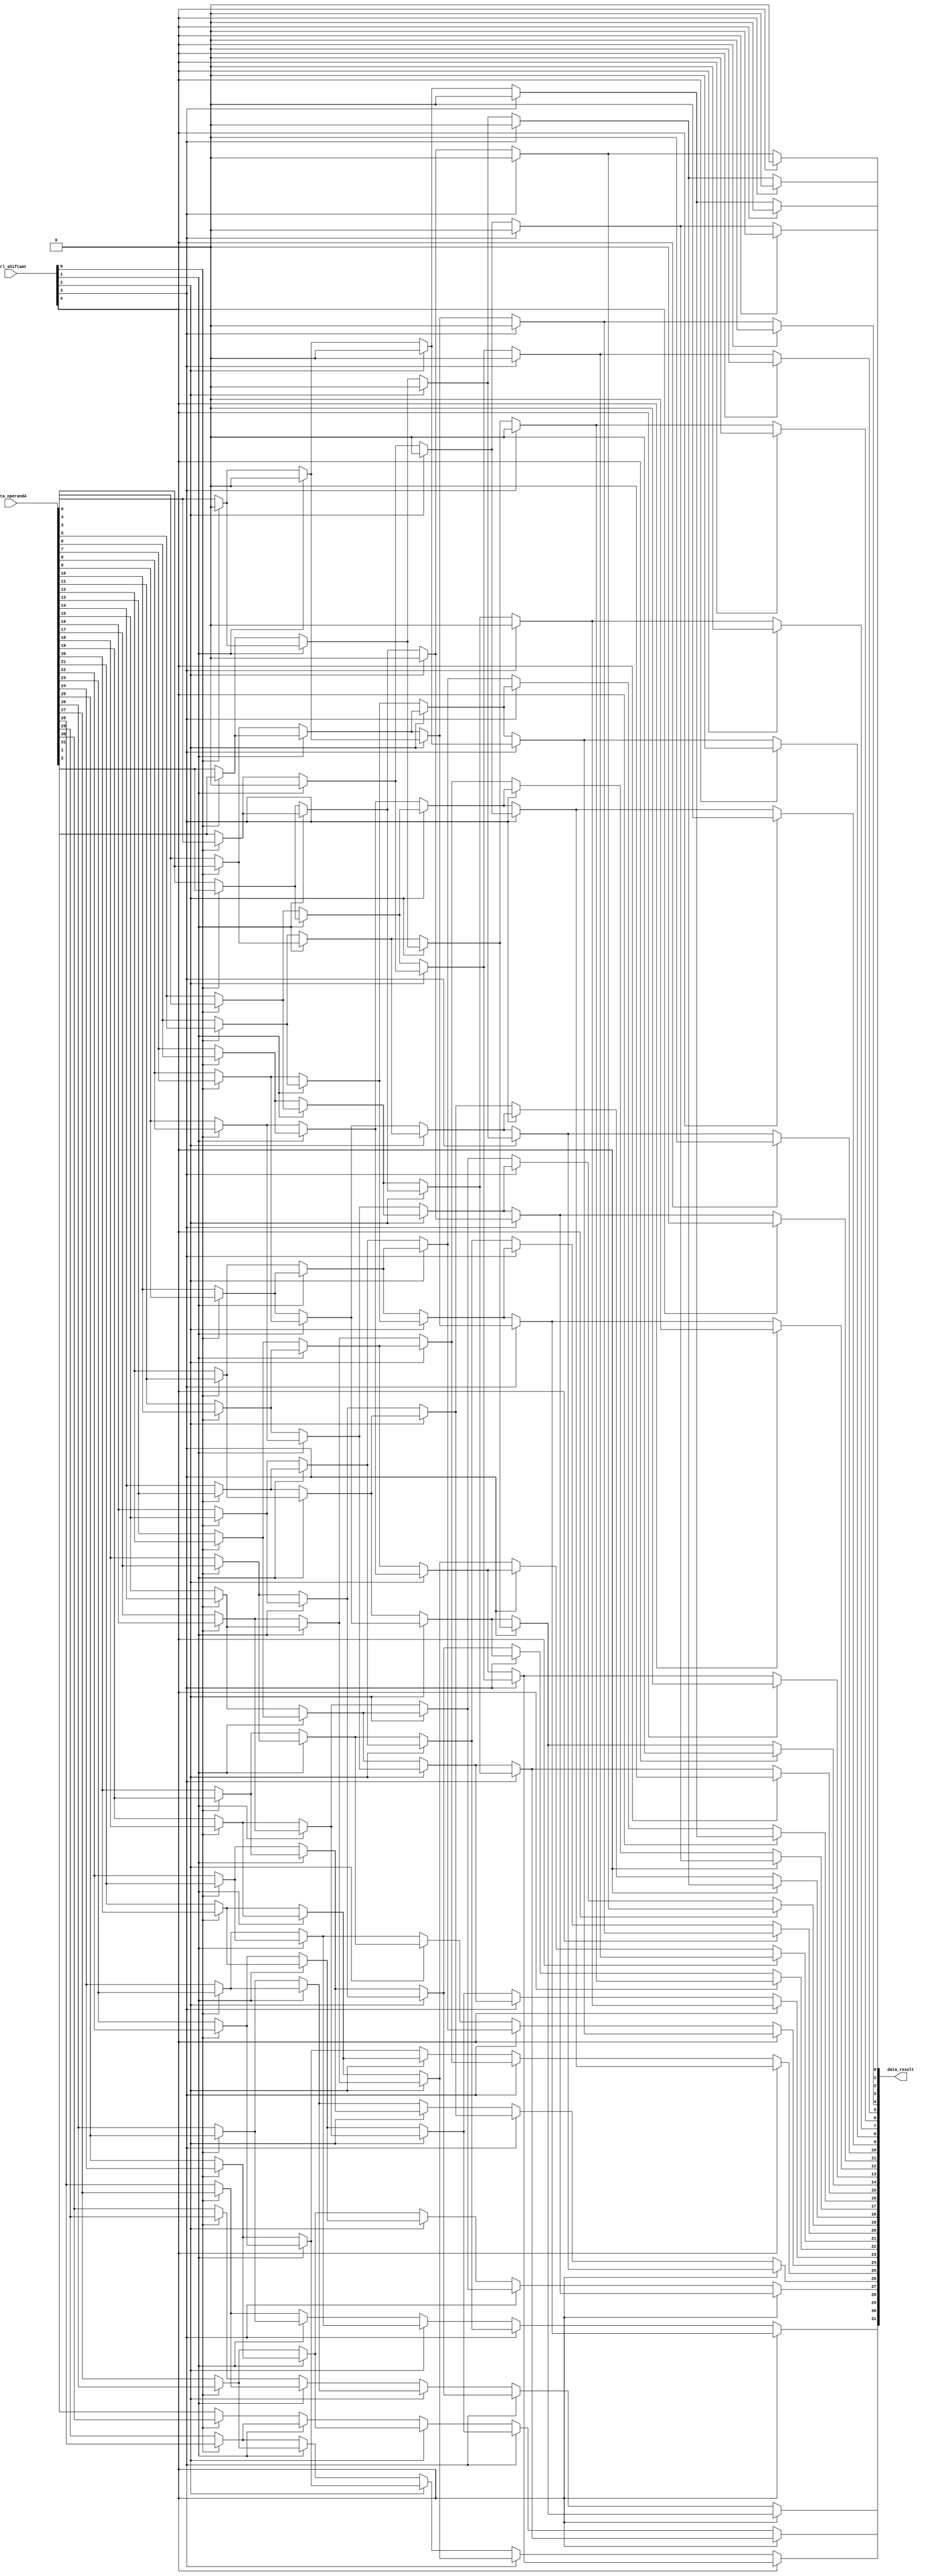
module sll(data_operandA, ctrl_shiftamt, data_result);
	//this module will left shift operand A left in certain amount
	input [31:0] data_operandA;
	//we can shift 2 to the power of 5, which is 32 bits at most
	input [4:0] ctrl_shiftamt;
	
	output [31:0] data_result;
	
	//there will be five level of muxs
	/*the first level -> move 0 or 1 bits, specified by the least significant digit ctrl_shiftamt[0]*/
	
	//select for the least digit
	wire [31:0] first_level; 
	assign first_level[0] = ctrl_shiftamt[0] ? 0 : data_operandA[0];
	genvar i;
	generate
		for(i=1; i<32; i= i+1) begin:first
			//select between data_operandA[i] and data_operandA[i-1]
			assign first_level[i] = ctrl_shiftamt[0] ?  data_operandA[i-1] : data_operandA[i];
		end
	endgenerate
	
	/*the second level -> move 0 or 2 bits, specified by the least significant digit ctrl_shiftamt[1]*/
	
	wire [31:0] second_level;
	//select for the least two digit 
	assign second_level[0] = ctrl_shiftamt[1] ? 0 : first_level[0];
	assign second_level[1] = ctrl_shiftamt[1] ? 0 : first_level[1];
	generate
		for(i=2; i<32; i=i+1) begin:second
			assign second_level[i] = ctrl_shiftamt[1] ? first_level[i-2] : first_level[i];
		end
	endgenerate
	
	//the third level -> move 0 or 4 bits, specified by the least significant digit ctrl_shiftamt[2]
	wire [31:0] third_level;
	generate
		for(i=0; i<4;i = i+1) begin:third_pre
			assign third_level[i] = ctrl_shiftamt[2] ? 0 : second_level[i];
		end
	endgenerate

	generate
		for(i=4; i<32; i=i+1) begin:third
			assign third_level[i] = ctrl_shiftamt[2] ? second_level[i-4] : second_level[i];
		end
	endgenerate
	
	//the forth level -> move 0 or 8 bits, specified by the least significant digit ctrl_shiftamt[3]
	wire [31:0] forth_level;
	generate
		for(i=0; i<8;i = i+1) begin:forth_pre
			assign forth_level[i] = ctrl_shiftamt[3] ? 0 : third_level[i];
		end
	endgenerate
	
	generate
		for(i=8; i<32; i=i+1) begin:forth
			assign forth_level[i] = ctrl_shiftamt[3] ? third_level[i-8] : third_level[i];
		end
	endgenerate
	
	
	//the fifth level -> move 0 or 16 bits, specified by the least significant digit ctrl_shiftamt[4]

	generate
		for(i=0; i<16;i = i+1) begin:fifth_pre
			assign data_result[i] = ctrl_shiftamt[4] ? 0 : forth_level[i];
		end
	endgenerate
	
	generate
		for(i=16; i<32; i=i+1) begin:fifth
			assign data_result[i] = ctrl_shiftamt[4] ? forth_level[i-16] : forth_level[i];
		end
	endgenerate
	
endmodule